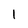
Character: l